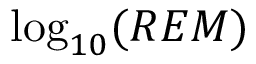
\log _ { { 1 0 } } ( R E M )